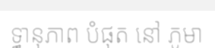
ទ្ធានុភាព បំផុត នៅ ភូមា